Vaccination in Burma 1889-1999 - 1889-1999
Year: 1889
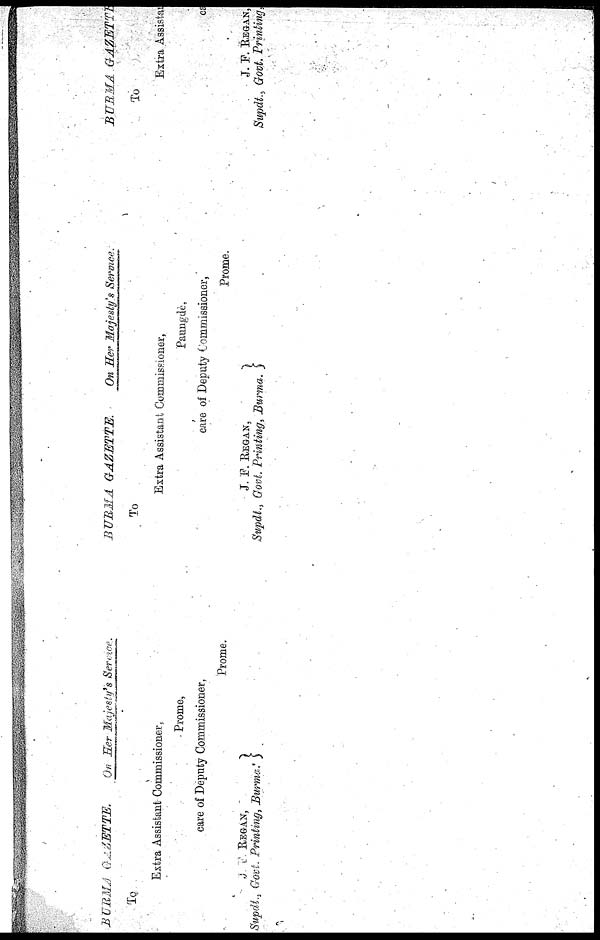
BURMA GAZETTE.
On Her Majesty's Service.
To
Extra Assistant Commissioner,
Prome,
care of Deputy Commissioner,
Prome.
J. F. REGAN,
Supdt., Govt. Printing, Burma.
BURMA GAZETTE.
On Her Majesty's Service.
To
Extra Assistant Commissioner,
Paungde,
care of Deputy Commissioner,
Prome.
J. F. REGAN,
Supdt., Govt. Printing, Burma.
BURMA GAZETTE
To
Extra Assistan
cs
J. F. REGAN,
Supdt., Govt. Printing